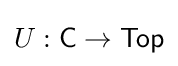
U:{\mathsf {C}}\to {\mathsf {Top}}